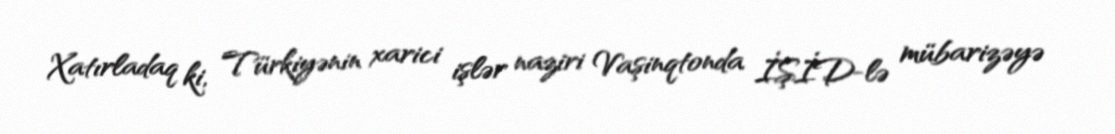
Xatırladaq ki, Türkiyənin xarici işlər naziri Vaşinqtonda İŞİD-lə mübarizəyə